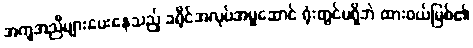
အကူအညီများပေးနေသည့် ခရိုင်အလုပ်အမှုဆောင် ရုံးတွင်မရှိဘဲ ထားဝယ်မြစ်၏